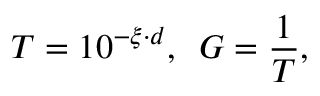
T = 1 0 ^ { - \xi \cdot d } , \, \, \, G = \frac { 1 } { T } ,